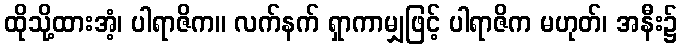
ထိုသို့ထားအံ့၊ ပါရာဇိက။ လက်နက် ရှာကာမျှဖြင့် ပါရာဇိက မဟုတ်၊ အနီး၌